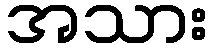
အသား